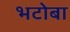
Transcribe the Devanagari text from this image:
भटोबा